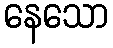
နေသော